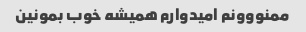
ممنووونم امیدوارم همیشه خوب بمونین